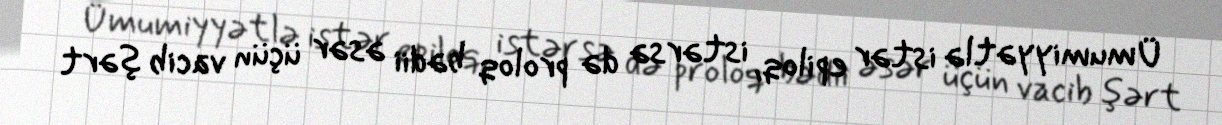
Ümumiyyətlə istər epiloq, istərsə də proloq bədii əsər üçün vacib şərt